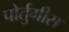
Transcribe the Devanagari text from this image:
पोर्तुगीस